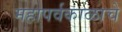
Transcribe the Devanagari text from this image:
महापर्वकाळाचे